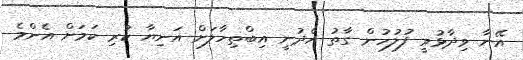
އޭނާ ވިދާޅުވީ ފުލުހުން ގާތު އެދުނީ އިބްތިހާލަށް އަނިޔާ ކުރި ކަމަށް އެންމެ